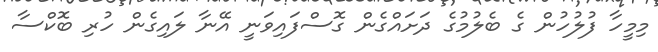
މިމީހާ ފުލުހުން ގެ ބެލުމުގެ ދަށައްގެން ގޮސްފައިވަނީ އޭނާ ލައިގެން ހުރި ބޮކްސާ